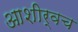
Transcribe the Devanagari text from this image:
आशीर्वच